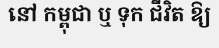
នៅ កម្ពុជា ឬ ទុក ជីវិត ឱ្យ